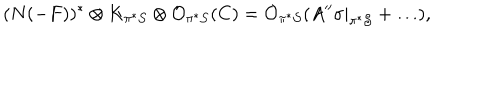
( N ( - F ) ) ^ { * } \otimes K _ { \pi ^ { * } { \cal S } } \otimes { \cal O } _ { \pi ^ { * } { \cal S } } ( C ) = { \cal O } _ { \pi ^ { * } { \cal S } } ( A ^ { \prime \prime } \sigma | _ { \pi ^ { * } { \cal S } } + \dots ) ,